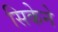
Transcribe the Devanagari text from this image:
सिकेने